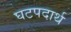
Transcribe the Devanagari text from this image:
घटपदार्थ